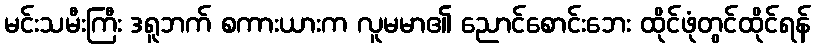
မင်းသမီးကြီး ဒရူဘက် စကားယားက လူမမာ၏ ညောင်စောင်းဘေး ထိုင်ဖုံတွင်ထိုင်ရန်